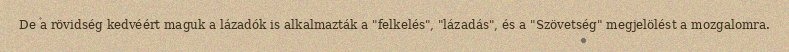
De a rövidség kedvéért maguk a lázadók is alkalmazták a "felkelés", "lázadás", és a "Szövetség" megjelölést a mozgalomra.